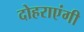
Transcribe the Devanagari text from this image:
दोहराएंगी